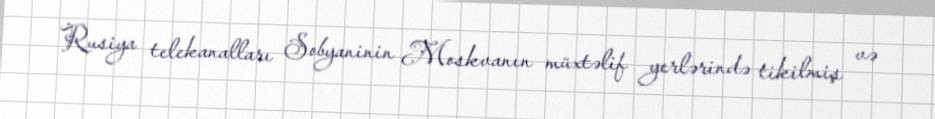
Rusiya telekanalları Sobyaninin Moskvanın müxtəlif yerlərində tikilmiş və